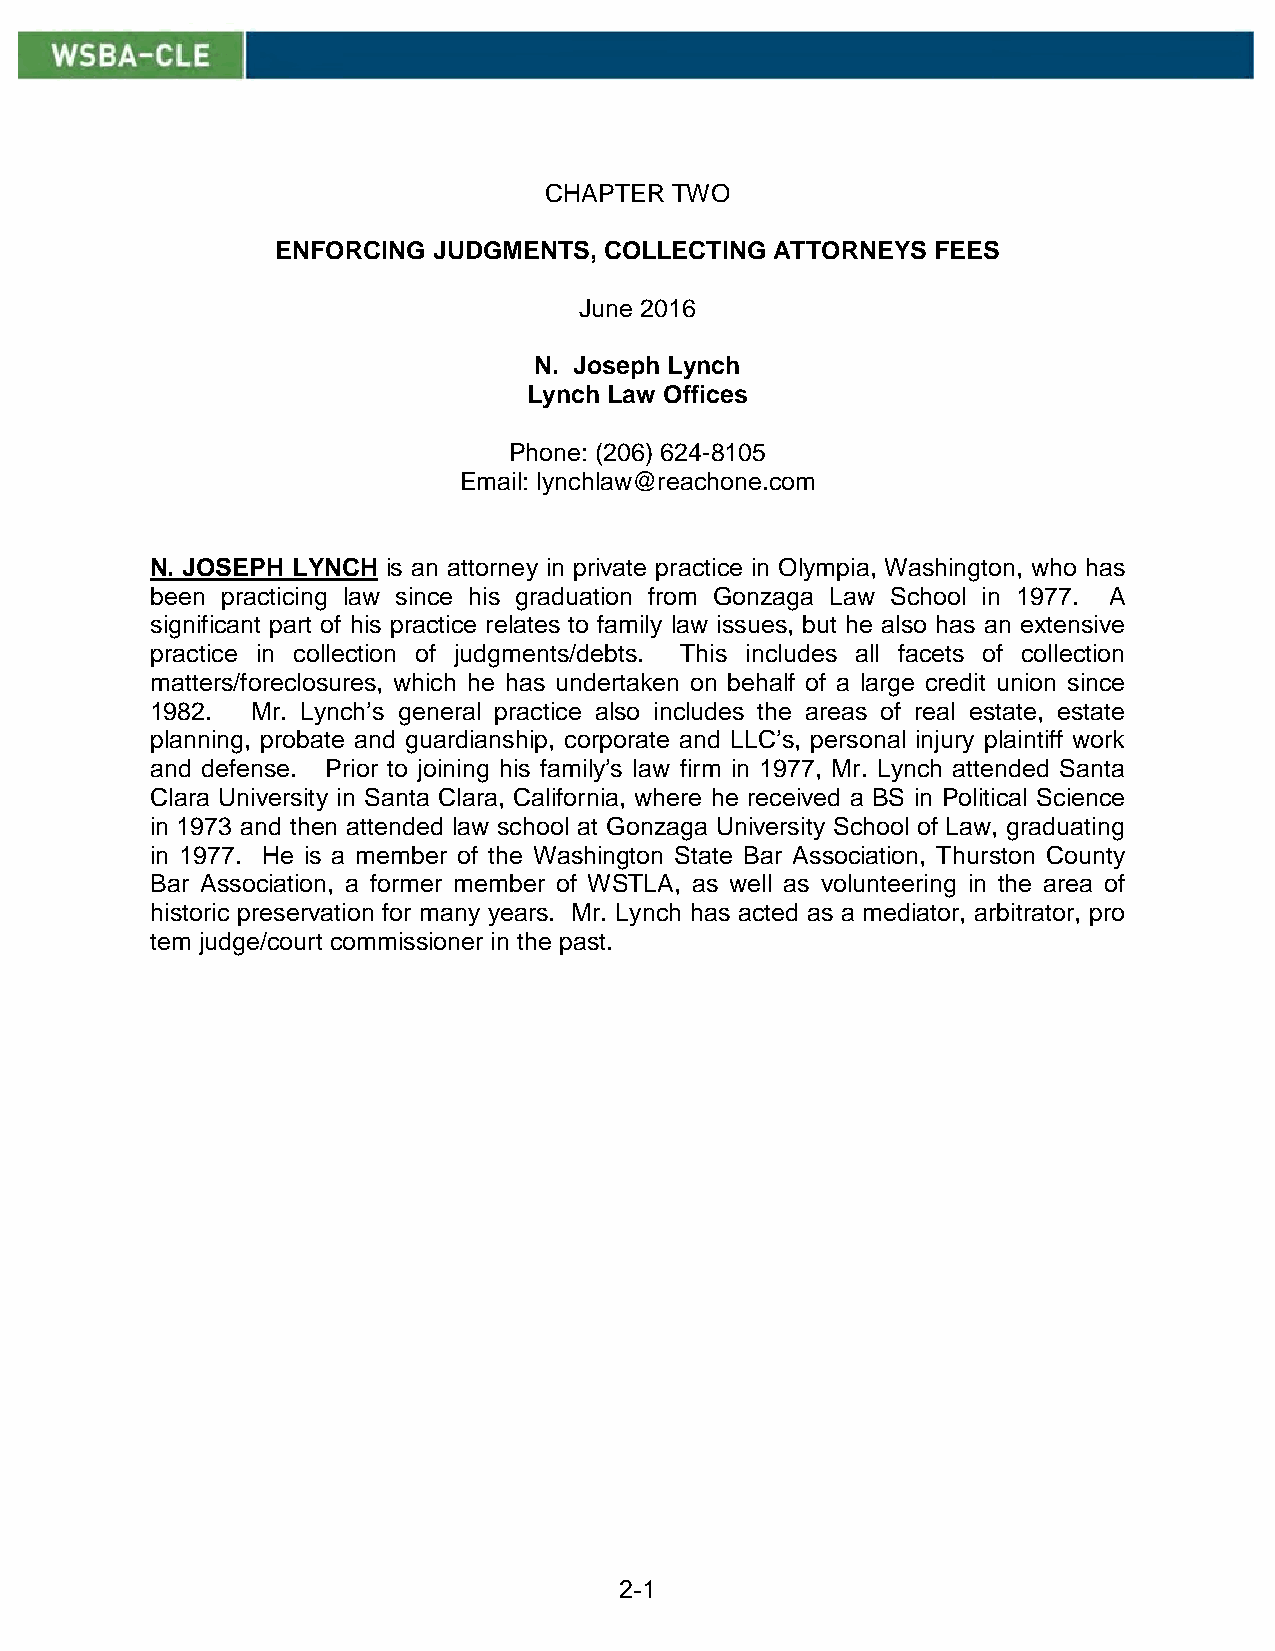
CHAPTER TWO
 ENFORCING  JUDGMENTS, COLLECTING ATTORNEYS  FEES
 June 2016
 N. Joseph Lynch
 Lynch Law Offices
 Phone: (206) 624-8105
 Email: lynchlaw@reachone.com
 N. JOSEPH LYNCH is an attorney in private practice in Olympia, Washington, who has
 been practicing law since his graduation from Gonzaga Law School in 1977. A
 significant part of his practice relates to family law issues, but he also has an extensive
 practice in collection of judgments/debts. This includes all facets of collection
 matters/foreclosures, which he has undertaken on behalf of a large credit union since
 1982.  Mr. Lynch’s general practice also includes the areas of real estate, estate
 planning, probate and guardianship, corporate and LLC’s, personal injury plaintiff work
 and defense. Prior to joining his family’s law firm in 1977, Mr. Lynch attended Santa
 Clara University in Santa Clara, California, where he received a BS in Political Science
 in 1973 and then attended law school at Gonzaga University School of Law, graduating
 in 1977. He is a member of the Washington State Bar Association, Thurston County
 Bar Association, a former member of WSTLA, as well as volunteering in the area of
 historic preservation for many years. Mr. Lynch has acted as a mediator, arbitrator, pro
 tem judge/court commissioner in the past.
 2-1